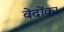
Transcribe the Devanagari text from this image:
वेदोंका